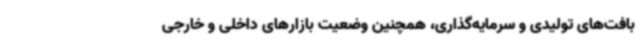
بافت‌های تولیدی و سرمایه‌گذاری، همچنین وضعیت بازارهای داخلی و خارجی